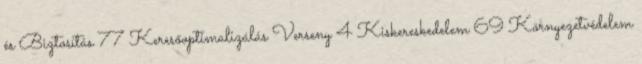
és Biztosítás 77 Keresőoptimalizálás Verseny 4 Kiskereskedelem 69 Környezetvédelem